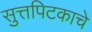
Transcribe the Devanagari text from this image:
सुत्तपिटकाचे